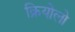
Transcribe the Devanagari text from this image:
क्रियोलो